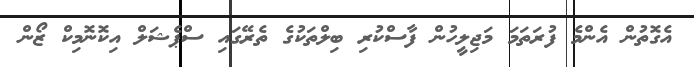
އެގޮތުން އެންމެ ފުރަތަމަ މަޖިލީހުން ފާސްކުރި ބިލްތަކުގެ ތެރޭގައި ސްޕެޝަލް އިކޮނޮމިކް ޒޯން